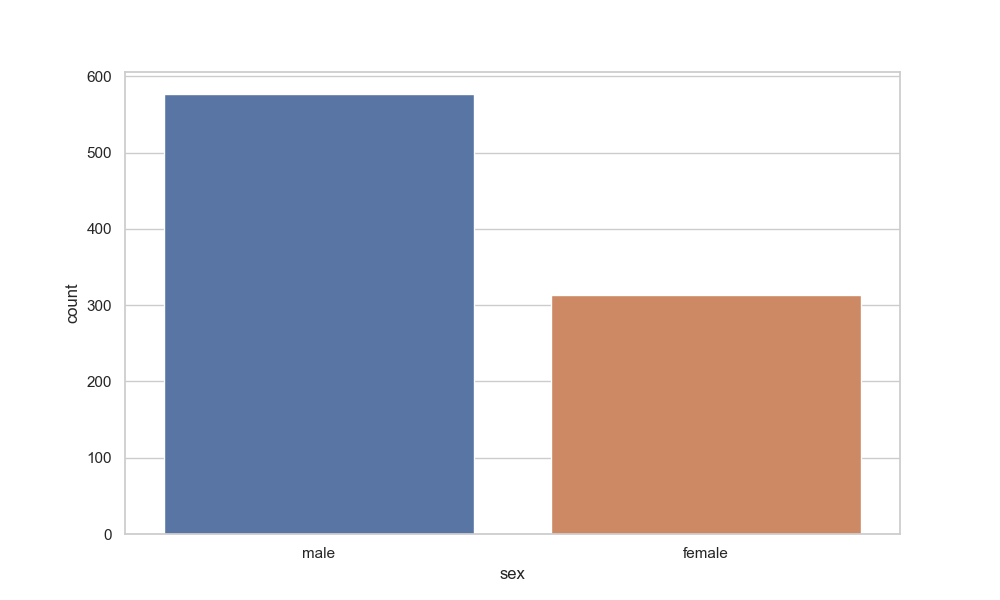
python, seaborn, countplot, x='sex', palette='deep', hue='sex'